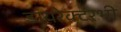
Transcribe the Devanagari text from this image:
डायरेक्टरभी